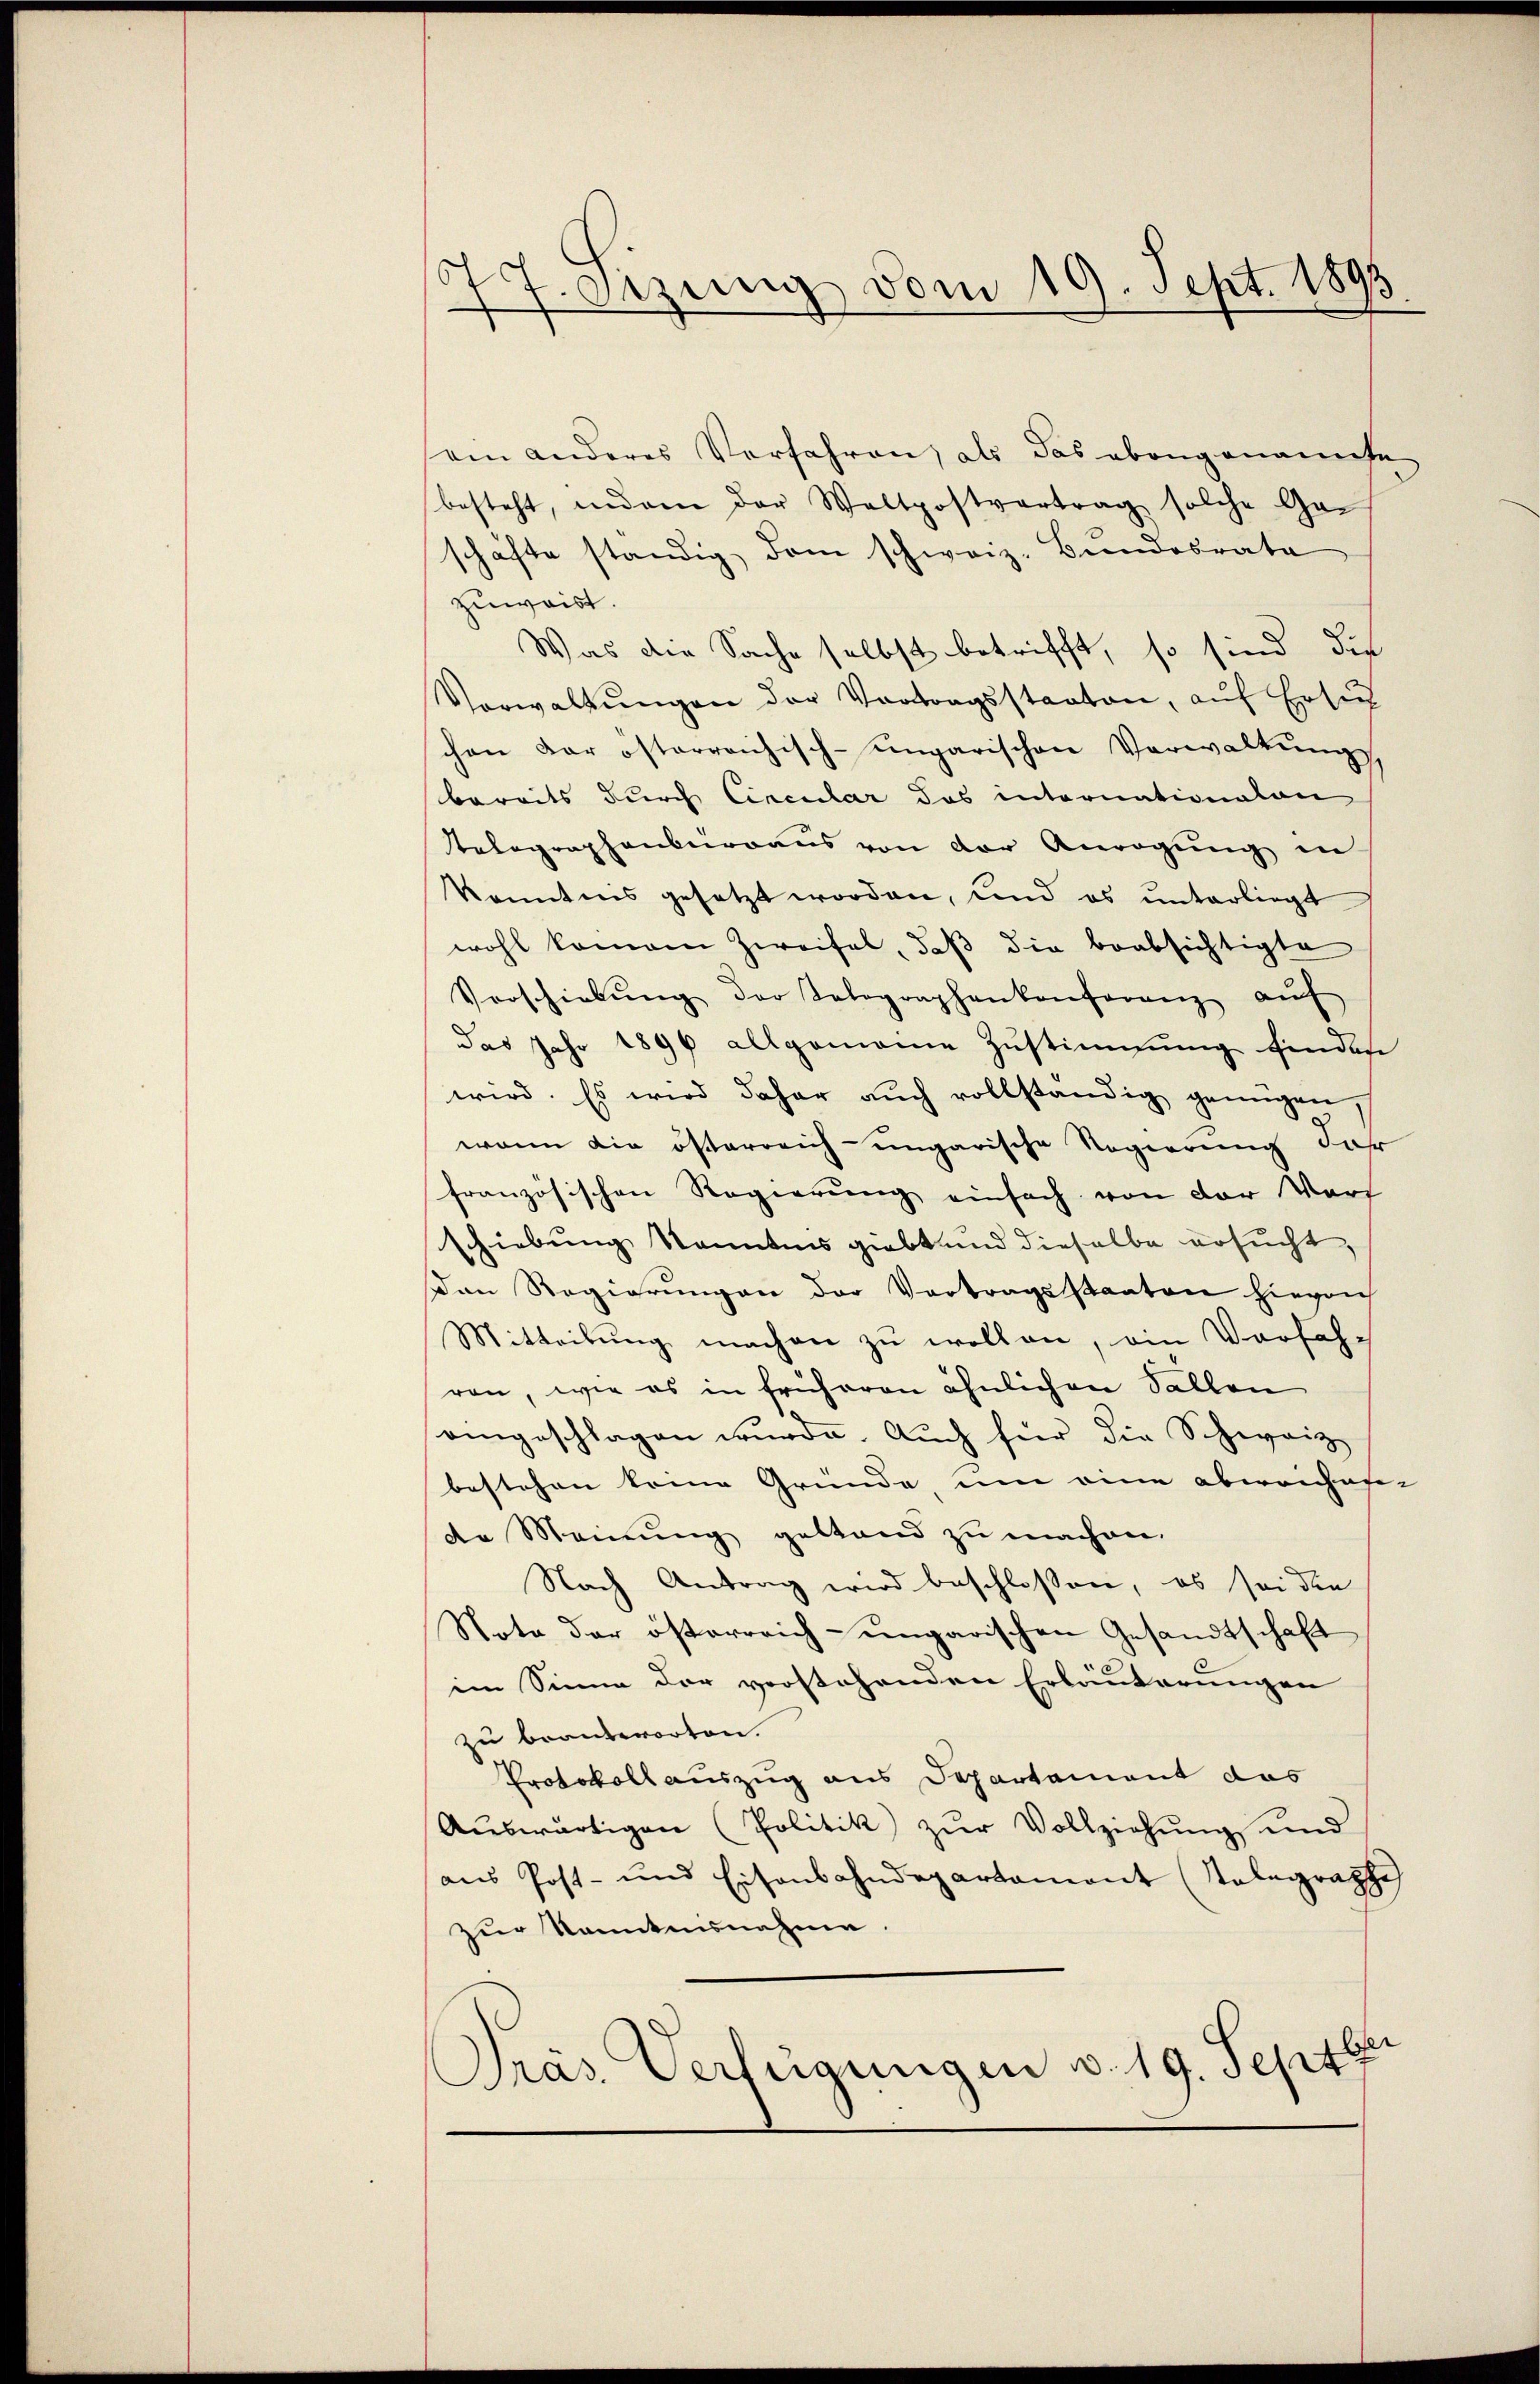
77. Sizung vom 19. Sept. 1893

sein anderes Verfahren, als das ebengenannte
besteht, indem der Waltpostvertrag solche Ge-
schäfte ständig, dem schweiz. Bundesrate
zuweist.
Was die Sache selbst betrifft, so sind die
Verwaltŭngen der Vortragsstaaten, auf Ersuch
chen der österreichisch-ungarischen Verwaltung
bereits durch Circular das internationalen
Telegraphenberaus von der Anregung in
konntens gesetzt worden, und es ŭnterliegt
wohl kommen Zweifel, daβ die beabsichtigte
Verschiebŭng der Telegraphenkonferenz aŭf
das Jahr 1896 allgemeine Zustimmung findes
wird. Es wird daher auch vollständig genügen
wenn die österreich-ungarische Regierung dar
französischen Regierung einfach von der Vorf
schiebung kanntnis giebt und dieselbe ersucht,
Dan Regierŭngen der Vortragsstaaten hievon
Mitteilŭng machen zŭ wollen, ein Verfahren, wie es in früheren ähnlichen Sallen
aingeschlagen wurde. Auch hier die Schweiz
bestehen keine Gründe, um eine abweichesi-
de Meinung gestand zu machen.
Nach Antrag wird beschlossen, es sei die
Nota der österreich-ungarischen Gesandtschaft
im Sinne der vorstehenden Erläuterungen
zu beantworten.
Protokollauszug aus Departement das
Aŭswärtigen (Politik zŭr Vollziehung und
ans Post- und Eisenbahndepartament (Telegraphe
zur Kenntnisnahme
Pras. Verfügungen v. 19. Sept